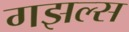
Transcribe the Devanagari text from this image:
गझल्स